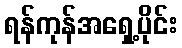
ရန်ကုန်အရှေ့ပိုင်း